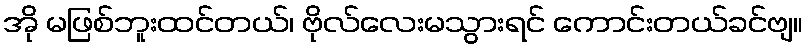
အို မဖြစ်ဘူးထင်တယ်၊ ဗိုလ်လေးမသွားရင် ကောင်းတယ်ခင်ဗျ။